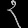
Digit: ၃